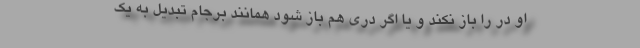
او در را باز نکند و یا اگر دری هم باز شود همانند برجام تبدیل به یک